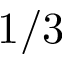
1 / 3